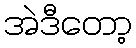
အဲဒီတော့